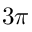
3 \pi